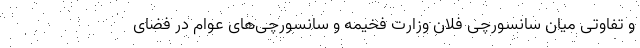
و تفاوتی میان سانسورچی فلان وزارت فخیمه و سانسورچی‌های عوام در فضای